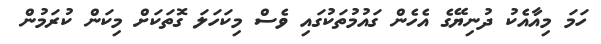
ހަމަ މިއާއެކު ދުނިޔޭގެ އެހެން ގައުމުތަކުގައި ވެސް މިކަހަލަ ގޮތަކަށް މިކަން ކުރަމުން